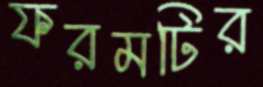
ফরমটির